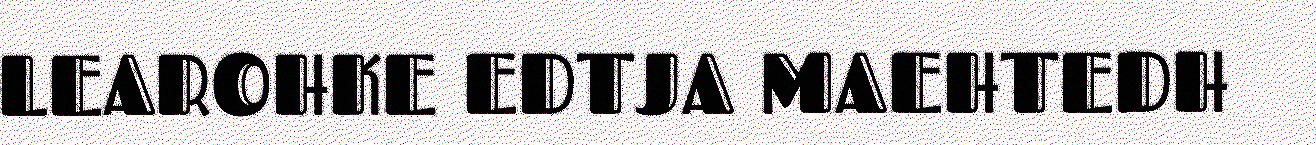
LEAROHKE EDTJA MAEHTEDH